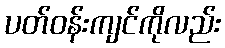
ပတ်ဝန်းကျင်ကိုလည်း